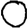
Digit: 0